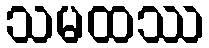
သမထဿ